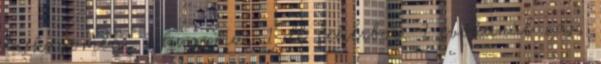
laskagomba, 1 hagyma, 1 dl fehérbor, 1 evőkanál vaj,